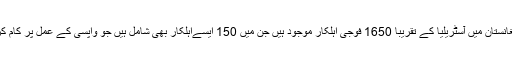
فی الحال افغانستان میں آسٹریلیا کے تقریبا 1650 فوجی اہلکار موجود ہیں جن میں 150 ایسےاہلکار بھی شامل ہیں جو واپسی کے عمل پر کام کر رہے ہیں۔